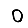
Digit: 0